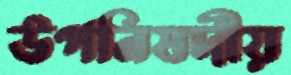
উপনিষদীয়